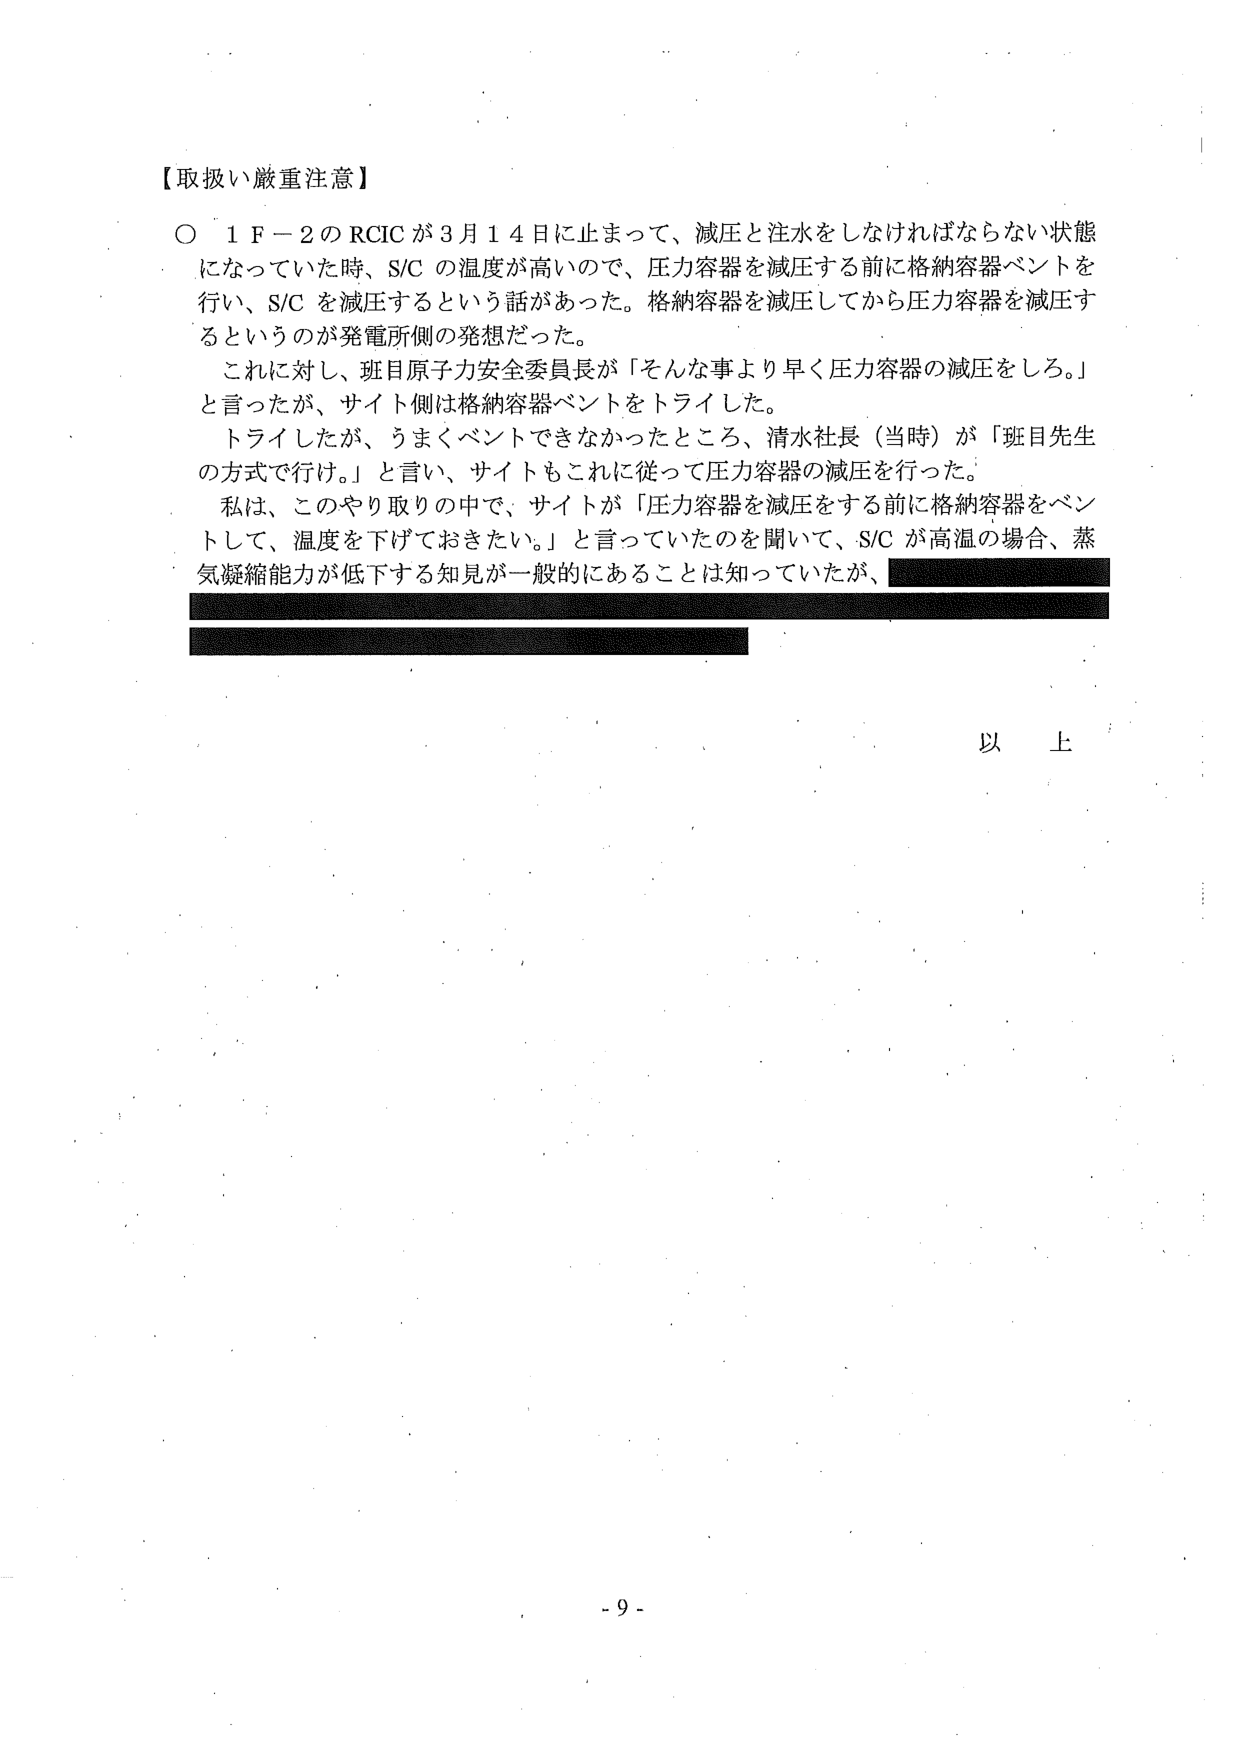
【取扱い厳重注意】

○ 1 F－2のRCICが3月14日に止まって、減圧と注水をしなければならない状態になっていた時、S/Cの温度が高いので、圧力容器を減圧する前に格納容器ベントを行い、S/Cを減圧するという話があった。格納容器を減圧してから圧力容器を減圧するというのが発電所側の発想だった。

これに対し、班目原子力安全委員長が「そんな事より早く圧力容器の減圧をしろ。」と言ったが、サイト側は格納容器ベントをトライした。

トライしたが、うまくベントできなかったところ、清水社長（当時）が「班目先生の方式で行け。」と言い、サイトもこれに従って圧力容器の減圧を行った。

私は、このやり取りの中で、サイトが「圧力容器を減圧をする前に格納容器をベントして、温度を下げておきたい。」と言っていたのを聞いて、S/Cが高温の場合、蒸気凝縮能力が低下する知見が一般的にあることは知っていたが、

以上

- 9 -